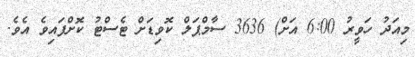
މިއަދު ހަވީރު 6:00 އަށް) 3636 ސާމްޕަލް ކޮވިޑަށް ޓެސްޓު ކޮށްފައިވެ އެވެ.